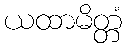
ယထာမိတ္တံ